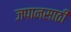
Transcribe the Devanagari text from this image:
जपानसाठी